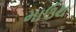
માઉથ